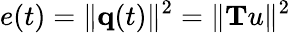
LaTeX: e(t)=\| {\mathbf q}(t)\| ^{2}=\| {\mathbf Tu}\| ^{2}